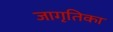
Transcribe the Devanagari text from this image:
जागृतिका